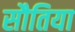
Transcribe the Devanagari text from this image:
सौतिया